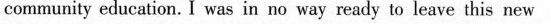
comznunity education. I was in no way mady to leave this new life.